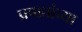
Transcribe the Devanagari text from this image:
प्रपातांच्या